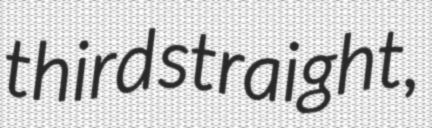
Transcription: third straight,